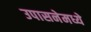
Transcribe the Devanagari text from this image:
उपासनेमध्ये